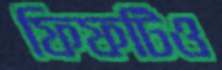
ফিফটিও